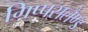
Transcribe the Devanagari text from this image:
गिप्पसलैण्ड